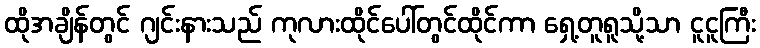
ထိုအချိန်တွင် ဂျင်းနားသည် ကုလားထိုင်ပေါ်တွင်ထိုင်ကာ ရှေ့တူရူသို့သာ ငူငူကြီး